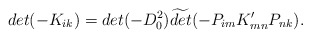
\begin{align*}det (-K_{ik}) = det (-D^2_0) \widetilde{det} (-P_{im} K'_{mn} P_{nk}).\end{align*}